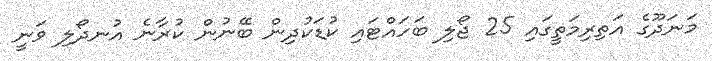
މަނަދޫގެ އަތިރިމަތީގައި 25 ޖޯލި ބަހައްޓައި ކުޑަކުދިން ބޭނުން ކުރާނެ އުނދޯލި ވަނީ